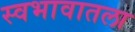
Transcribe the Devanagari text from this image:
स्वभावातला